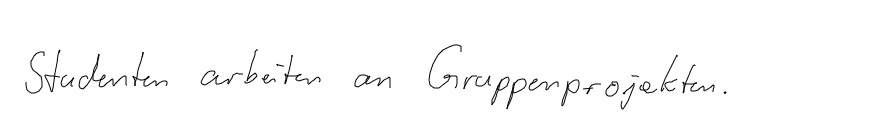
Studenten arbeiten an Gruppenprojekten.